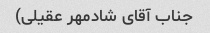
جناب آقای شادمهر عقیلی)